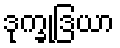
ဒုက္ခုဒြယာ